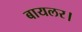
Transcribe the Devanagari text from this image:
बायलर।